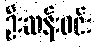
ဦးဆန်းဝင်း